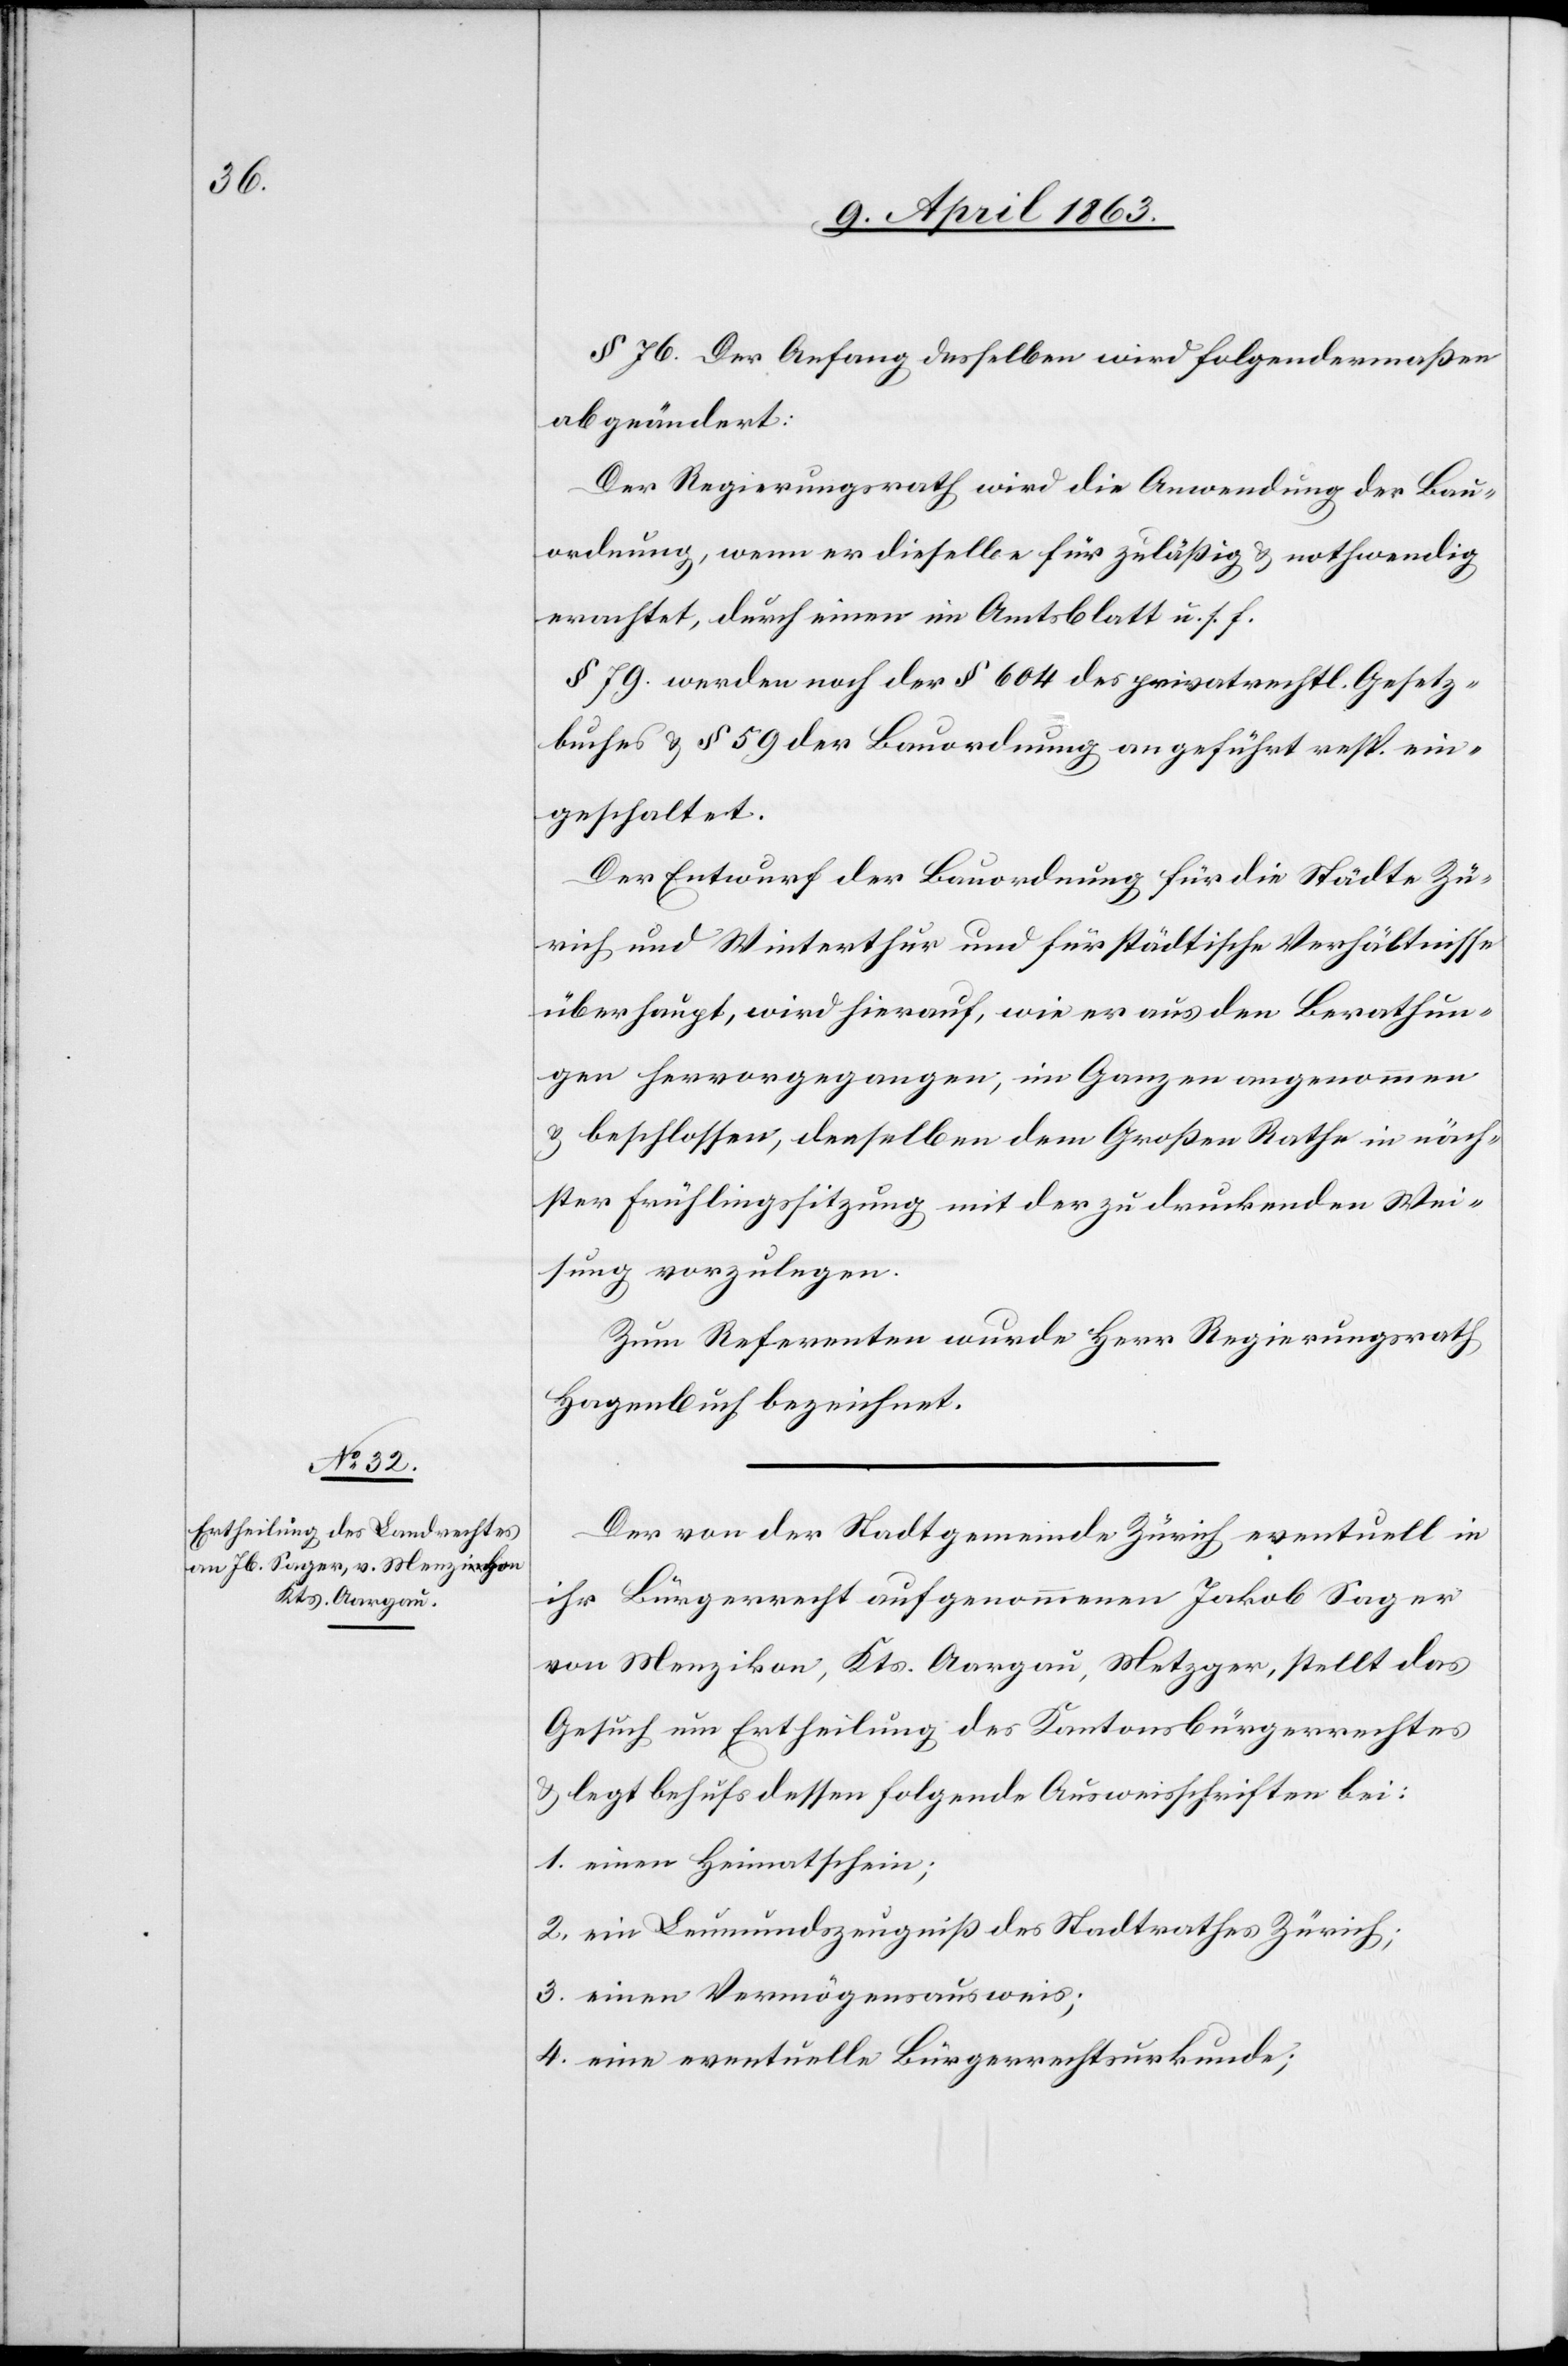
§ 76. Der Anfang desselben wird folgendermaßen
abgeändert:
Der Regierungsrath wird die Anwendung der Bau¬
ordnung, wenn er dieselbe für zuläßig & nothwendig
erachtet, durch einen im Amtsblatt u. s. f.
§ 79. werden noch der § 604 des privatrechtl. Gesetz¬
buches & § 59 der Bauordnung angeführt resp. ein¬
geschaltet.
Der Entwurf der Bauordnung für die Städte Zü¬
rich und Winterthur und für städtische Verhältnisse
überhaupt, wird hierauf, wie er aus den Berathun¬
gen hervorgegangen, im Ganzen angenommen
& beschlossen, denselben dem Großen Rathe in näch¬
ster Frühlingssitzung mit der zu druckenden Wei¬
sung vorzulegen.
Zum Referenten wurde Herr Regierungsrath
Hagenbuch bezeichnet.
Der von der Stadtgemeinde Zürich eventuell in
ihr Bürgerrecht aufgenommenen [sic!] Jakob Sager
von Menzikon, Kts. Aargau, Metzger, stellt das
Gesuch um Ertheilung des Kantonsbürgerrechtes
& legt behufs dessen folgende Ausweisschriften bei:
1. einen Heimatschein;
2. ein Leumundszeugniß des Stadtrathes Zürich;
3. einen Vermögensausweis,
4. eine eventuelle Bürgerrechtsurkunde;